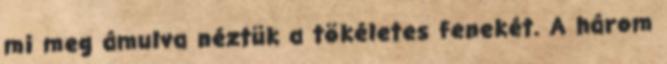
mi meg ámulva néztük a tökéletes fenekét. A három